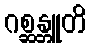
ဂစ္ဆန္တူတိ